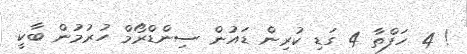
! 4 ހަފްތާ 4 ގަޑި ކުރިން ޑައުން ސިންޑްރޯމް ހުރުމުން ބާކީ